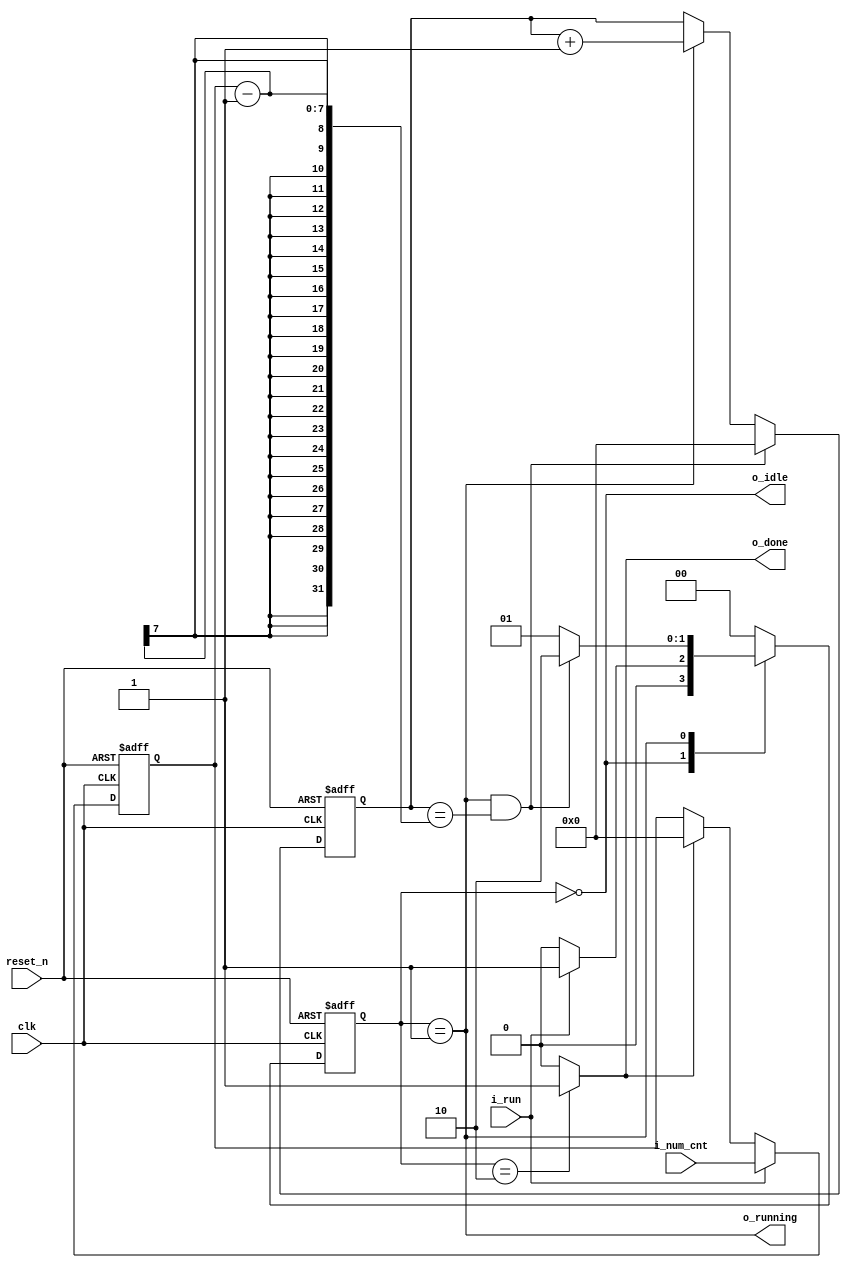
//////////////////////////////////////////////////////////////////////////////////
// Company: Personal
//
// Design Name: 
// Module Name: fsm_counter_test
// Project Name:
// Target Devices:
// Tool Versions:
// Description: To study designing fsm. (IDLE, RUN, DONE)
//				Moore Machine
//				Combine FSM and Core (Coutner)
// Dependencies:
//
// Revision:
// Revision 0.01 - File Created
// Additional Comments:
//
//////////////////////////////////////////////////////////////////////////////////
 
`timescale 1ns / 1ps
module fsm_counter_test(
    input 			clk,
    input 			reset_n,
	input 			i_run,
	input  [6:0]	i_num_cnt,
	output   		o_idle,
	output   		o_running,
	output reg		o_done
    );
/////// Local Param. to define state ////////
localparam S_IDLE	= 2'b00;
localparam S_RUN	= 2'b01;
localparam S_DONE  	= 2'b10;

/////// Type ////////
reg [1:0] c_state; // Current state  (F/F)
reg [1:0] n_state; // Next state (Variable in Combinational Logic)

//wire	  is_done = 1'b1; // TODO to use signal, if core's state is done. (to use next chapter.) 
wire	  is_done;

/////// Main ////////

// Step 1. always block to update state 
always @(posedge clk or negedge reset_n) begin
    if(!reset_n) begin
		c_state <= S_IDLE;
    end else begin
		c_state <= n_state;
    end
end

// Step 2. always block to compute n_state
//always @(c_state or i_run or is_done) 
always @(*) 
begin
	n_state = S_IDLE; // To prevent Latch.
	case(c_state)
	S_IDLE: if(i_run)
				n_state = S_RUN;
	S_RUN : if(is_done)
				n_state = S_DONE;
			else 
				n_state = S_RUN; // Sorry to Everyone! Matbi is a human. u.u Fixed Bug!! To wait is_done.
	S_DONE: n_state = S_IDLE;
	endcase
end 

// Step 3.  always block to compute output
//always @(c_state) 
always @(*) // always block to compute output
begin
	o_done = 0; // To prevent Latch.
	case(c_state)
	S_DONE: o_done = 1;
	endcase
end

// Added to communicate with control signals.
assign o_idle 		= (c_state == S_IDLE);
assign o_running 	= (c_state == S_RUN);

//////////// Added code in Chapter 17 ////////////
 
// Step 4. Registering (Capture) number of Count
reg [6:0] num_cnt;  
always @(posedge clk or negedge reset_n) begin
    if(!reset_n) begin
        num_cnt <= 0;  
    end else if (i_run) begin
        num_cnt <= i_num_cnt;
	end else if (o_done) begin
		num_cnt <= 0;
	end
end

// Step 5. Core (Counter)  (Ref Chapter 11)
reg [6:0] cnt_always;  
assign is_done = o_running && (cnt_always == num_cnt-1);

always @(posedge clk or negedge reset_n) begin
    if(!reset_n) begin
        cnt_always <= 0;  
    end else if (is_done) begin
        cnt_always <= 0; 
    end else if (o_running) begin
        cnt_always <= cnt_always + 1;
	end
end

endmodule